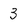
Character: 3